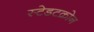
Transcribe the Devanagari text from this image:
स्टेडटक्रोन